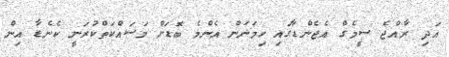
އަދި ރާއްޖެ ސީމެގް އެޖެންޑާގައި ހިމަނަން އެންމެ ބޮޑަށް މަސައްކަތްކުރަނީ ކެނެޑާ އިން